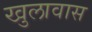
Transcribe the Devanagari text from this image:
खुलावास